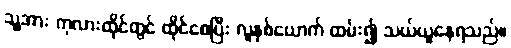
သူ့အား ကုလားထိုင်တွင် ထိုင်စေပြီး လူနှစ်ယောက် ထမ်း၍ သယ်ယူနေရသည်။